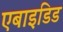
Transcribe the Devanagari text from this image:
एबाइडिड